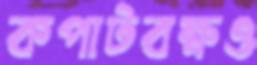
কপাটবক্ষও